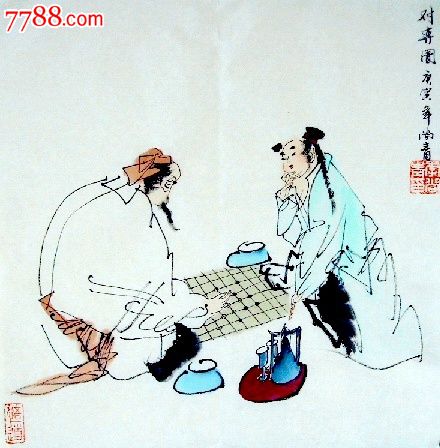
谁知得酒尚能狂，脱帽向人时大叫。